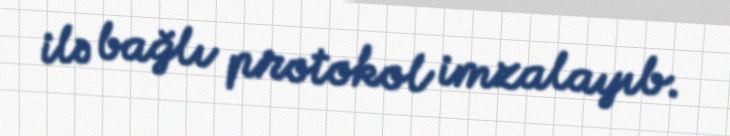
ilə bağlı protokol imzalayıb.